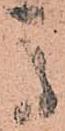
馬